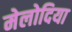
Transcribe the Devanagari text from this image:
मेलोदिया